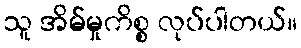
သူ အိမ်မှုကိစ္စ လုပ်ပါတယ်။